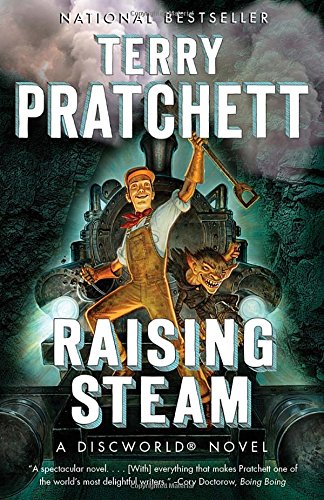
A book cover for Raising Steam (Discworld); Terry Pratchett; Literature & Fiction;